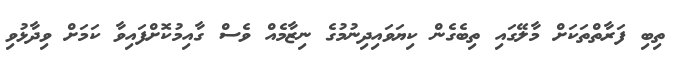
ތިބި ފަރާތްތަކަށް މާލޭގައި ތިބެގެން ކިޔަވައިދިނުމުގެ ނިޒާމެއް ވެސް ގާއިމުކޮށްފައިވާ ކަމަށް ވިދާޅުވި